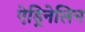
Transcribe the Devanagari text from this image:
ऐड्रिनेलिन